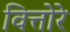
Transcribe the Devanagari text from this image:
वित्तोरे